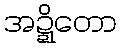
အဍ္ဍိတော